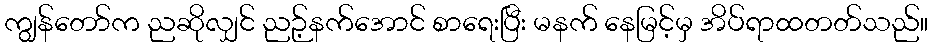
ကျွန်တော်က ညဆိုလျှင် ညဉ့်နက်အောင် စာရေးပြီး မနက် နေမြင့်မှ အိပ်ရာထတတ်သည်။